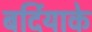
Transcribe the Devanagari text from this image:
बर्दियाके